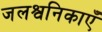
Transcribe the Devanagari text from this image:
जलश्वनिकाएँ